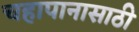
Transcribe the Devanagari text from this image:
चहापानासाठी